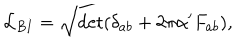
LaTeX: { \cal L } _ { B I } = \sqrt { \det ( \delta _ { a b } + 2 \pi \alpha ^ { \prime } F _ { a b } ) } ,